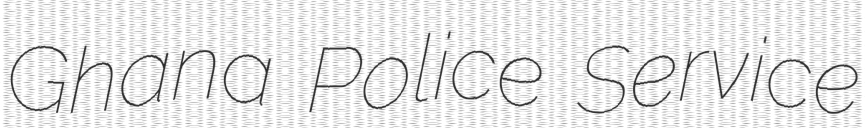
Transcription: Ghana Police Service